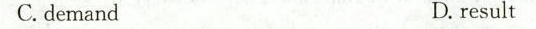
C. demand D. result